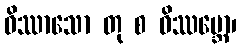
ဝိဿာသော တု စ ဝိဿမ္ဘော၊